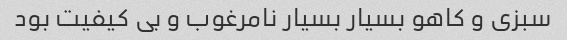
سبزی و کاهو بسیار بسیار نامرغوب و بی کیفیت بود